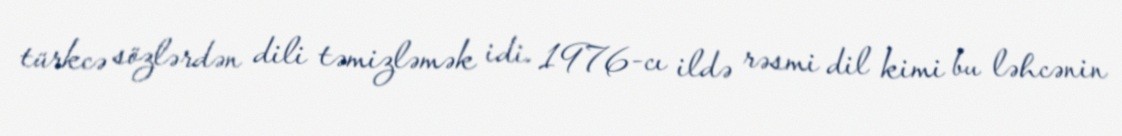
türkcə sözlərdən dili təmizləmək idi. 1976-cı ildə rəsmi dil kimi bu ləhcənin